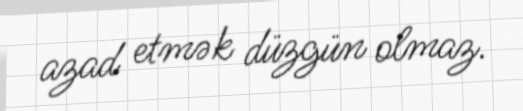
azad etmək düzgün olmaz.